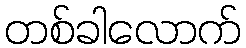
တစ်ခါလောက်